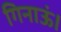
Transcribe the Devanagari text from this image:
गिनाऊं।